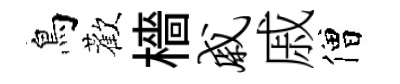
鳥歡檣戚戚僧